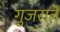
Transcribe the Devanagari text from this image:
गुजराते